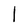
Character: 1